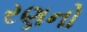
રણનો